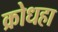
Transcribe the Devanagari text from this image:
क्रोधहा